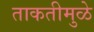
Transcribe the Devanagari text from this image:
ताकतीमुळे